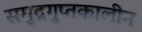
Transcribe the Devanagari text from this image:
समुद्रगुप्तकालीन